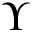
\Upsilon